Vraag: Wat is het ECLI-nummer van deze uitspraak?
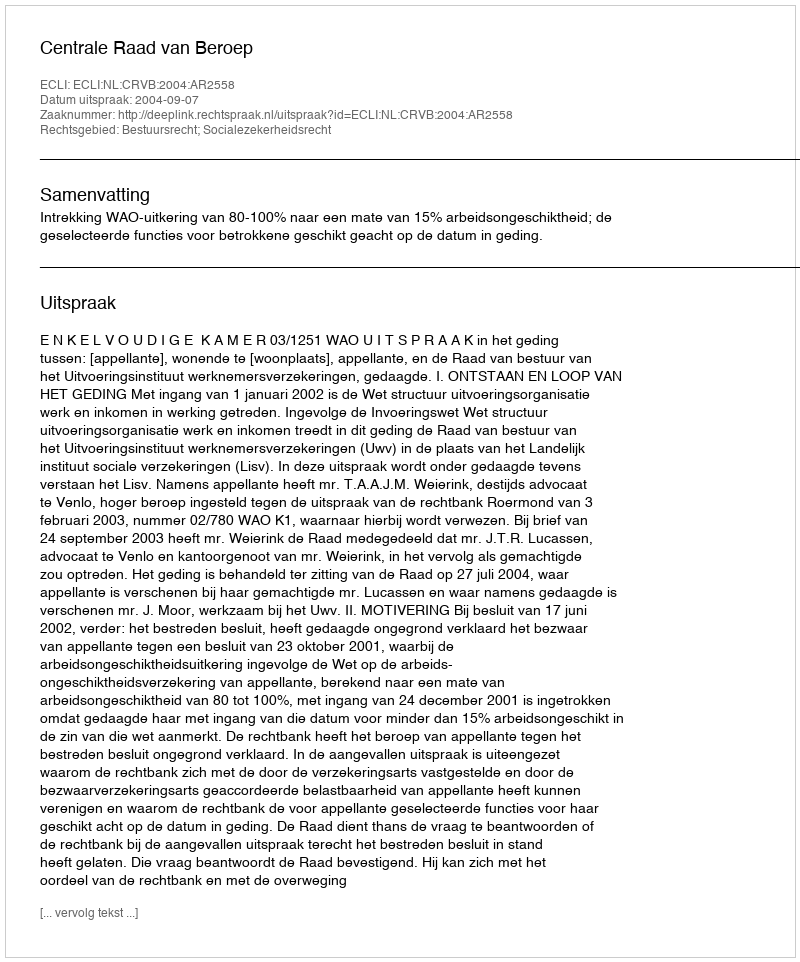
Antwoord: ECLI:NL:CRVB:2004:AR2558